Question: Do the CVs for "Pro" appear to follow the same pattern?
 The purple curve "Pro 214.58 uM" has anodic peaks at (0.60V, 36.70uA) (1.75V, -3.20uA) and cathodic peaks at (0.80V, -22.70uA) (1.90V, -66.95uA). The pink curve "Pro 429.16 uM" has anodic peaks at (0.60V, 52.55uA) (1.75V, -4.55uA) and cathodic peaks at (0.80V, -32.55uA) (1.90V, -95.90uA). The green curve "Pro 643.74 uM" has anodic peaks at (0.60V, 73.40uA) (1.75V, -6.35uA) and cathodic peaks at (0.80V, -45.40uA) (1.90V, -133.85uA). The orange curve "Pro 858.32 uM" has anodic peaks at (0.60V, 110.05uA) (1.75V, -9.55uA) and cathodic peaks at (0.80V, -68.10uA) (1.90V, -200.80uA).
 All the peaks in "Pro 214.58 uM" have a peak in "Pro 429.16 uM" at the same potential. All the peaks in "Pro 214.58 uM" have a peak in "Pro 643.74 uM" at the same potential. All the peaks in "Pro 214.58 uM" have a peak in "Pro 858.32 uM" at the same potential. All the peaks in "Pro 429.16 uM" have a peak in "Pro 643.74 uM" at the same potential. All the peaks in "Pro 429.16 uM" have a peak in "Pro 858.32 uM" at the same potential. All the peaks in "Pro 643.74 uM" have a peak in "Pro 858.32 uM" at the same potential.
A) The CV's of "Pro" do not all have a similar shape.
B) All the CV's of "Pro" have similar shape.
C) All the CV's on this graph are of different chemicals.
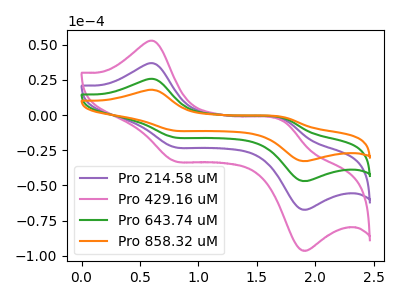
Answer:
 <answer>B) All the CV's of "Pro" have similar shape.</answer>
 <eval>B</eval>